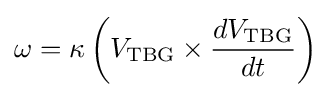
\omega =\kappa \left(V_{\text{TBG}}\times {\frac {dV_{\text{TBG}}}{dt}}\right)